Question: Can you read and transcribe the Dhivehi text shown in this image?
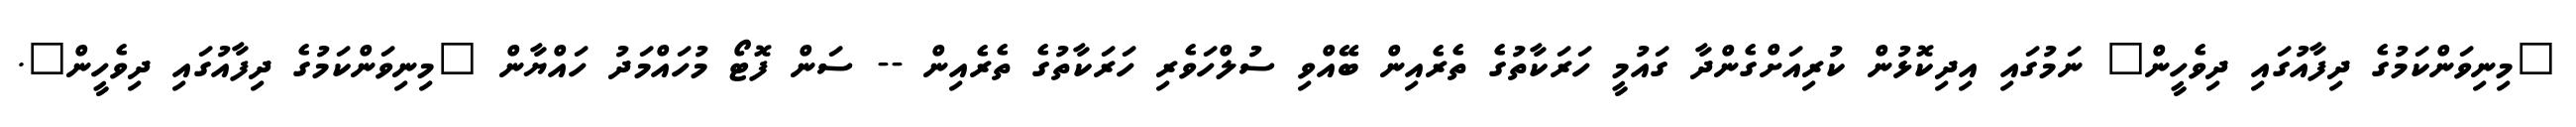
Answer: "މިނިވަންކަމުގެ ދިފާއުގައި ދިވެހީން" ނަމުގައި އިދިކޮޅުން ކުރިއަށްގެންދާ ގައުމީ ހަރަކާތުގެ ތެރެއިން ބޭއްވި ސުލްހަވެރި ހަރަކާތުގެ ތެރެއިން -- ސަން ފޮޓޯ މުހައްމަދު ހައްޔާން "މިނިވަންކަމުގެ ދިފާއުގައި ދިވެހީން".